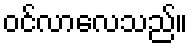
ဝင်လာလေသည်။